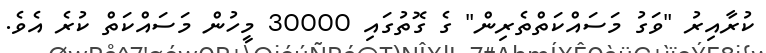
ކުރާއިރު "ވަގު މަސައްކަތްތެރިން" ގެ ގޮތުގައި 30000 މީހުން މަސައްކަތް ކުރެ އެވެ.